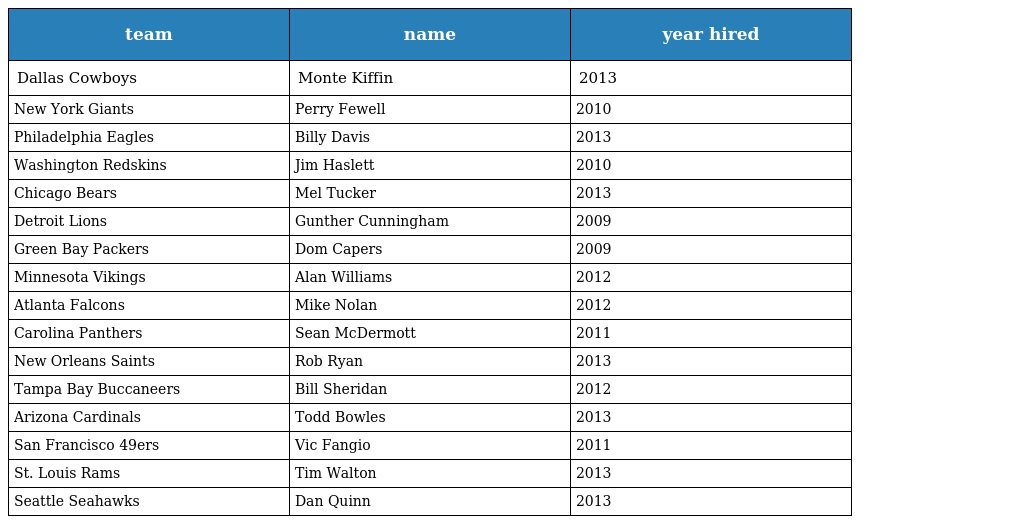
| team | name | year hired |
 | --- | --- | --- |
 | Dallas Cowboys | Monte Kiffin | 2013 |
 | New York Giants | Perry Fewell | 2010 |
 | Philadelphia Eagles | Billy Davis | 2013 |
 | Washington Redskins | Jim Haslett | 2010 |
 | Chicago Bears | Mel Tucker | 2013 |
 | Detroit Lions | Gunther Cunningham | 2009 |
 | Green Bay Packers | Dom Capers | 2009 |
 | Minnesota Vikings | Alan Williams | 2012 |
 | Atlanta Falcons | Mike Nolan | 2012 |
 | Carolina Panthers | Sean McDermott | 2011 |
 | New Orleans Saints | Rob Ryan | 2013 |
 | Tampa Bay Buccaneers | Bill Sheridan | 2012 |
 | Arizona Cardinals | Todd Bowles | 2013 |
 | San Francisco 49ers | Vic Fangio | 2011 |
 | St. Louis Rams | Tim Walton | 2013 |
 | Seattle Seahawks | Dan Quinn | 2013 |